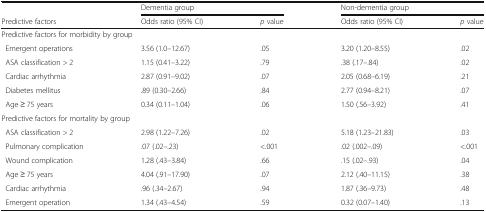
<table><thead><tr><td></td><td colspan="2"><b>Dementia group</b></td><td colspan="2"><b>Non-dementia group</b></td></tr><tr><td><b>Predictive factors</b></td><td><b>Odds ratio (95% CI)</b></td><td><b><i>p</i> value</b></td><td><b>Odds ratio (95% CI)</b></td><td><b><i>p</i> value</b></td></tr></thead><tbody><tr><td colspan="5">Predictive factors for morbidity by group</td></tr><tr><td> Emergent operations</td><td>3.56 (1.0–12.67)</td><td>.05</td><td>3.20 (1.20–8.55)</td><td>.02</td></tr><tr><td> ASA classification &gt; 2</td><td>1.15 (0.41–3.22)</td><td>.79</td><td>.38 (.17–.84)</td><td>.02</td></tr><tr><td> Cardiac arrhythmia</td><td>2.87 (0.91–9.02)</td><td>.07</td><td>2.05 (0.68–6.19)</td><td>.21</td></tr><tr><td> Diabetes mellitus</td><td>.89 (0.30–2.66)</td><td>.84</td><td>2.77 (0.94–8.21)</td><td>.07</td></tr><tr><td> Age ≥ 75 years</td><td>0.34 (0.11–1.04)</td><td>.06</td><td>1.50 (.56–3.92)</td><td>.41</td></tr><tr><td colspan="5">Predictive factors for mortality by group</td></tr><tr><td> ASA classification &gt; 2</td><td>2.98 (1.22–7.26)</td><td>.02</td><td>5.18 (1.23–21.83)</td><td>.03</td></tr><tr><td> Pulmonary complication</td><td>.07 (.02–.23)</td><td>&lt;.001</td><td>.02 (.002–.09)</td><td>&lt;.001</td></tr><tr><td> Wound complication</td><td>1.28 (.43–3.84)</td><td>.66</td><td>.15 (.02–.93)</td><td>.04</td></tr><tr><td> Age ≥ 75 years</td><td>4.04 (.91–17.90)</td><td>.07</td><td>2.12 (.40–11.15)</td><td>.38</td></tr><tr><td> Cardiac arrhythmia</td><td>.96 (.34–2.67)</td><td>.94</td><td>1.87 (.36–9.73)</td><td>.48</td></tr><tr><td> Emergent operation</td><td>1.34 (.43–4.54)</td><td>.59</td><td>0.32 (0.07–1.40)</td><td>.13</td></tr></tbody></table>